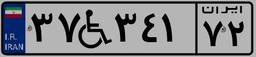
۳۷W۳۴۱۷۲